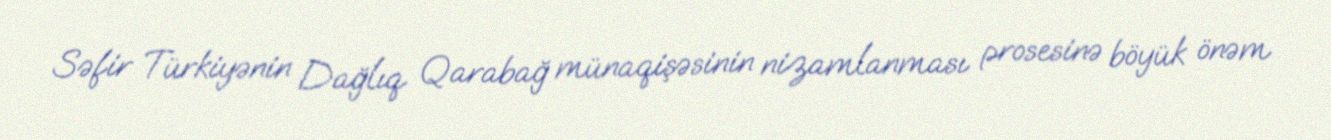
Səfir Türkiyənin Dağlıq Qarabağ münaqişəsinin nizamlanması prosesinə böyük önəm